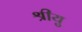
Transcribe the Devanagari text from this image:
श्रीयु